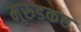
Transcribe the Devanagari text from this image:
मुरुडकर